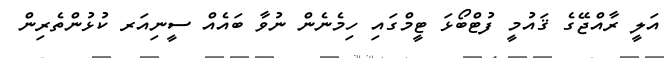
އަލީ ރާއްޖޭގެ ޤައުމީ ފުޓްބޯޅަ ޓީމްގައި ހިމެނެން ނުވާ ބައެއް ސީނިއަރ ކުޅުންތެރިން